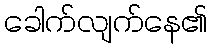
ခေါက်လျက်နေ၏